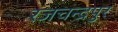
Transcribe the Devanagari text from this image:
रजचन्द्रपुर